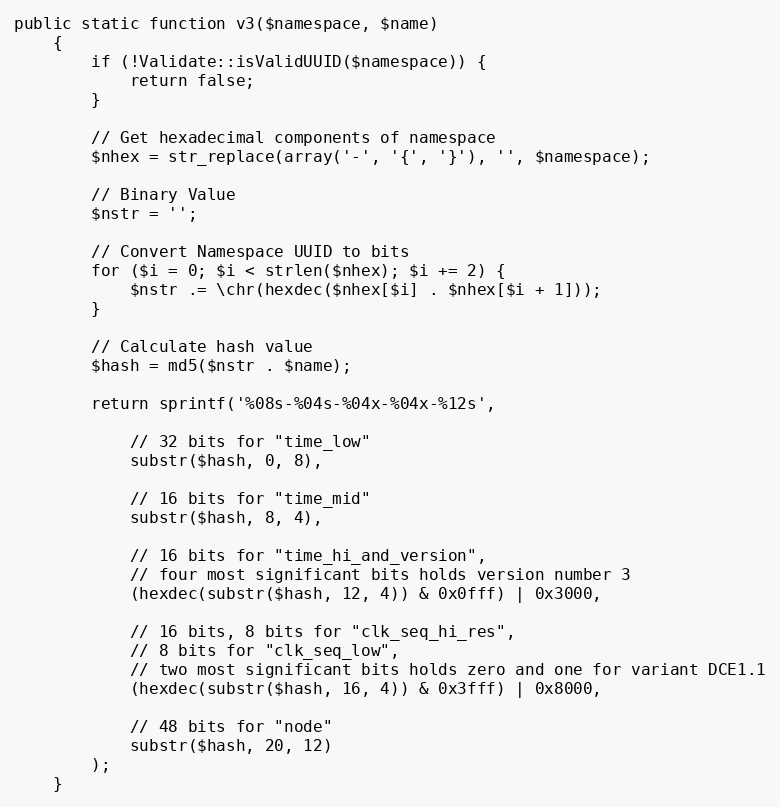
Language: PHP
public static function v3($namespace, $name)
    {
        if (!Validate::isValidUUID($namespace)) {
            return false;
        }

        // Get hexadecimal components of namespace
        $nhex = str_replace(array('-', '{', '}'), '', $namespace);

        // Binary Value
        $nstr = '';

        // Convert Namespace UUID to bits
        for ($i = 0; $i < strlen($nhex); $i += 2) {
            $nstr .= \chr(hexdec($nhex[$i] . $nhex[$i + 1]));
        }

        // Calculate hash value
        $hash = md5($nstr . $name);

        return sprintf('%08s-%04s-%04x-%04x-%12s',

            // 32 bits for "time_low"
            substr($hash, 0, 8),

            // 16 bits for "time_mid"
            substr($hash, 8, 4),

            // 16 bits for "time_hi_and_version",
            // four most significant bits holds version number 3
            (hexdec(substr($hash, 12, 4)) & 0x0fff) | 0x3000,

            // 16 bits, 8 bits for "clk_seq_hi_res",
            // 8 bits for "clk_seq_low",
            // two most significant bits holds zero and one for variant DCE1.1
            (hexdec(substr($hash, 16, 4)) & 0x3fff) | 0x8000,

            // 48 bits for "node"
            substr($hash, 20, 12)
        );
    }